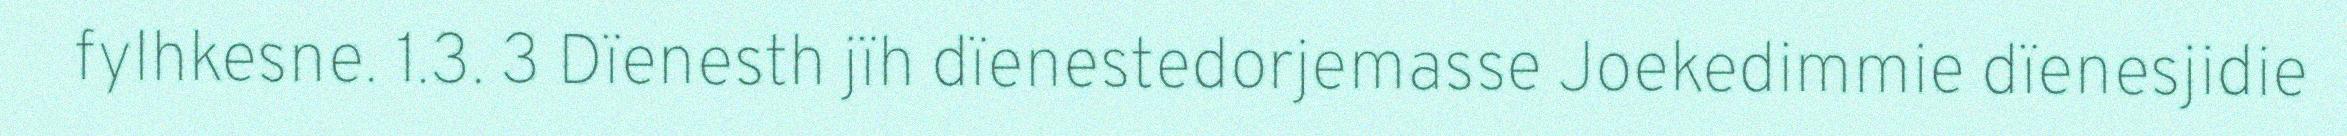
fylhkesne. 1.3. 3 Dïenesth jïh dïenestedorjemasse Joekedimmie dïenesjidie